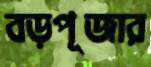
বড়পূজার